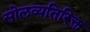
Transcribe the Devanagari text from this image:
सोलव्यतिरिक्त